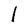
Character: l